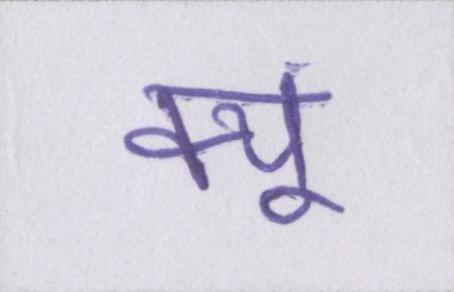
क्यूं